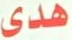
هدى